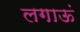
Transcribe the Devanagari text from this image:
लगाऊं